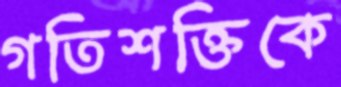
গতিশক্তিকে